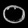
Digit: ၀